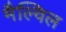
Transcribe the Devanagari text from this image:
मैल्विल